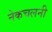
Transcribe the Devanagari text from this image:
नेकचलनी